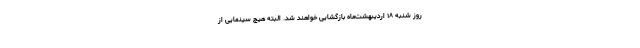
روز شنبه ۱۸ اردیبهشت‌ماه بازگشایی خواهند شد. البته هیچ سینمایی از